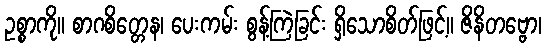
ဥစ္စာကို။ စာဂစိတ္တေန၊ ပေးကမ်း စွန့်ကြဲခြင်း ရှိသောစိတ်ဖြင့်။ ဇိနိတဗ္ဗော၊